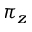
\pi _ { z }